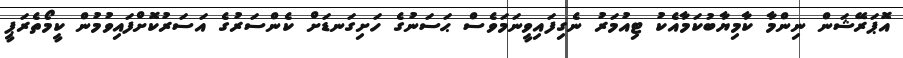
އޮޕަރޭޝަން ނިންމާ ކާމިޔާބުކަމާއެކު ޓިއުމަރު ނެގިފައިވީނަމަވެސް ޙަސަނުގެ ހަށިގަނޑަށް ކެންސަރުގެ އަސަރުކޮށްފައިވުމުން ކީމޯތެރަޕީ